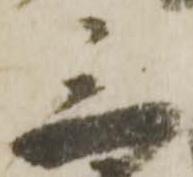
三